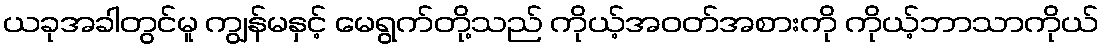
ယခုအခါတွင်မူ ကျွန်မနှင့် မေရွက်တို့သည် ကိုယ့်အဝတ်အစားကို ကိုယ့်ဘာသာကိုယ်